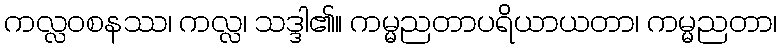
ကလ္လဝစနဿ၊ ကလ္လ၊ သဒ္ဒါ၏။ ကမ္မညတာပရိယာယတာ၊ ကမ္မညတာ၊